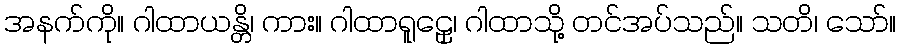
အနက်ကို။ ဂါထာယန္တိ၊ ကား။ ဂါထာရူဠှေ၊ ဂါထာသို့ တင်အပ်သည်။ သတိ၊ သော်။